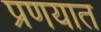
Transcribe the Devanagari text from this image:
प्रणयात